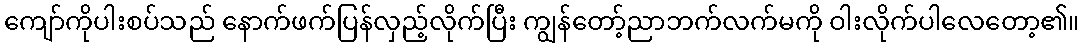
ကျော်ကိုပါးစပ်သည် နောက်ဖက်ပြန်လှည့်လိုက်ပြီး ကျွန်တော့်ညာဘက်လက်မကို ဝါးလိုက်ပါလေတော့၏။